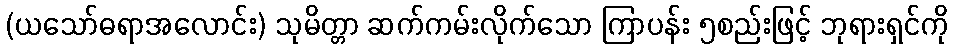
(ယသော်ဓရာအလောင်း) သုမိတ္တာ ဆက်ကမ်းလိုက်သော ကြာပန်း ၅စည်းဖြင့် ဘုရားရှင်ကို